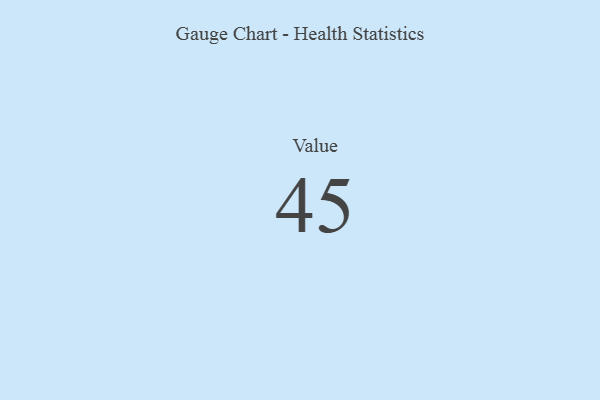
{"axis": {"x": "Metric", "y": "Value"}, "legend": [""], "data": [{"x": "Value", "y": 45, "type": ""}]}